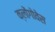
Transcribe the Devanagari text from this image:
क्लोंगोवेस